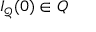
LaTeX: I _ { \mathcal { Q } } ( 0 ) \in Q